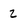
Character: 2